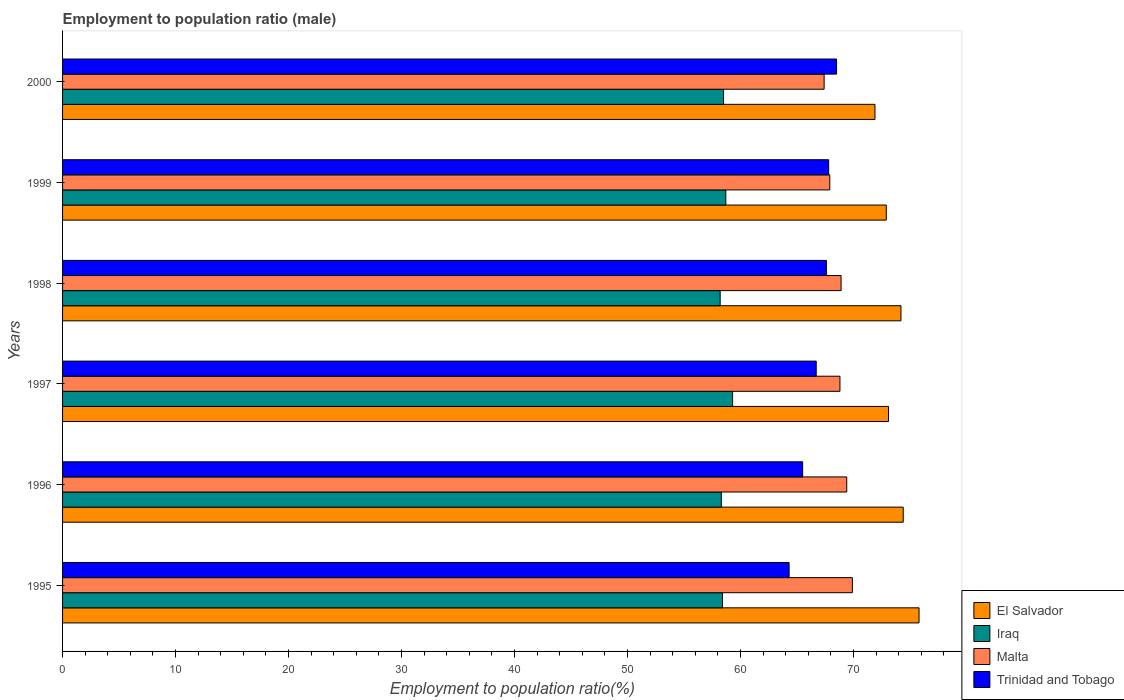
| Years | El Salvador | Iraq | Malta | Trinidad and Tobago |
 | --- | --- | --- | --- | --- |
 | 1995 | 75.8 | 58.4 | 69.9 | 64.3 |
 | 1996 | 74.4 | 58.3 | 69.4 | 65.5 |
 | 1997 | 73.1 | 59.3 | 68.8 | 66.7 |
 | 1998 | 74.2 | 58.2 | 68.9 | 67.6 |
 | 1999 | 72.9 | 58.7 | 67.9 | 67.8 |
 | 2000 | 71.9 | 58.5 | 67.4 | 68.5 |